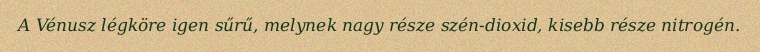
A Vénusz légköre igen sűrű, melynek nagy része szén-dioxid, kisebb része nitrogén.